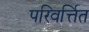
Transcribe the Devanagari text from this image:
परिवर्त्तित